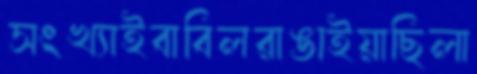
সংখ্যাইবাবিলরাঙাইয়াছিলা